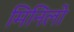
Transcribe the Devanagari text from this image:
मिनिलो